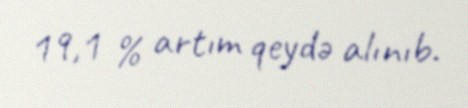
19,1 % artım qeydə alınıb.